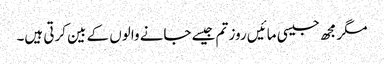
مگر مجھ جیسی مائیں روز تم جیسے جانے والوں کے بین کرتی ہیں۔